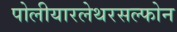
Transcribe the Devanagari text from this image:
पोलीयारलेथरसल्फोन